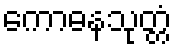
ကောဓနသုတ္တံ